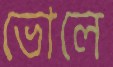
ভোলে